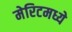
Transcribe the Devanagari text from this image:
मेरिटमध्ये